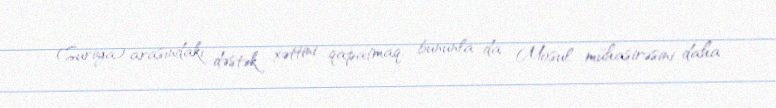
(Suriya) arasındakı dəstək xəttini qapatmaq, bununla da Mosul mühasirəsini daha